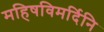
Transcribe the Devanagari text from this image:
महिषविमर्दिनि